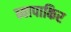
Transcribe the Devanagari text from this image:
व्यापाकिर